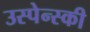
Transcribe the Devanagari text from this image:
उस्पेन्स्की